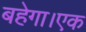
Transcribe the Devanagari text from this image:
बहेगा।एक